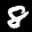
Label: 8